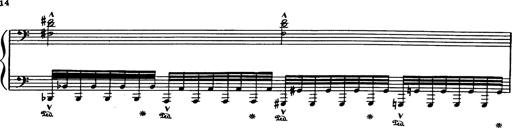
Title: Danza sacra e duetto finale dâ€™Aida
Composer: Franz Liszt